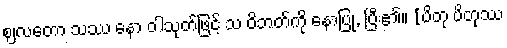
ဈလတော သဿ နော ဝါသုတ်ဖြင့် သ ဝိဘတ်ကို နောပြု, ပြီး၏။ [ပိတု ပိတုဿ